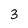
Character: 3